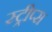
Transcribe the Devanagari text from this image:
स्ट्रीप्स